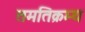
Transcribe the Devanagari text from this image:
तमतिक्रम्य